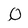
Character: 0